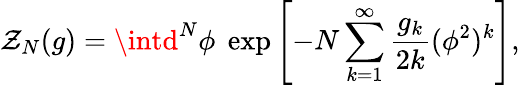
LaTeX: \mathcal{Z}_{N}(g)=\intd^{N}\phi\; \exp\left[-N\sum_{k=1}^{\infty}\frac{{g_{k}}}{{2k}}(\phi^{2})^{k}\right],